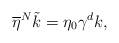
LaTeX: \begin{align*}\overline \eta^N \tilde k = \eta_0 \gamma^d k,\end{align*}